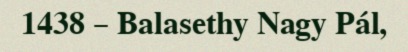
1438 – Balasethy Nagy Pál,